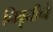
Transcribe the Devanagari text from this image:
निवृत्तीने